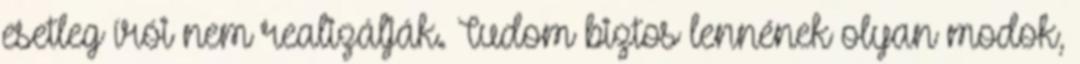
esetleg írói nem realizálják. Tudom biztos lennének olyan modok,